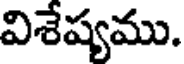
విశేష్యము.